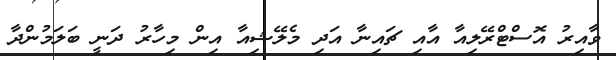
ވާއިރު އޮސްޓްރޭލިއާ އާއި ޗައިނާ އަދި މެލޭޝިއާ އިން މިހާރު ދަނީ ބަލަމުންދާ